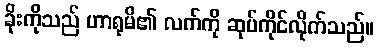
ခိုးကိုသည် ဟာရုမိ၏ လက်ကို ဆုပ်ကိုင်လိုက်သည်။